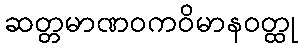
ဆတ္တမာဏဝကဝိမာနဝတ္ထု